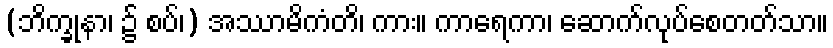
(ဘိက္ခုနာ၊ ၌ စပ်၊) အဿာမိကံတိ၊ ကား။ ကာရေကာ၊ ဆောက်လုပ်စေတတ်သာ။